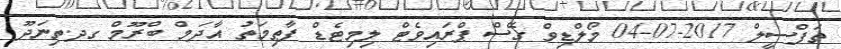
ތަފްސީލް 2017-07-04 މޯލްޑިވް ގޭސް ޕްރައިވެޓް ލިމިޓެޑް ފާޠިމަތު އާދަމް ބްރޫމް ގދ.ތިނަދޫ